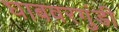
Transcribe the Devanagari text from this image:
घाबवरगुंडी